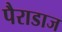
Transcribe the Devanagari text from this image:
पैराडाज